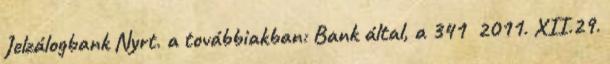
Jelzálogbank Nyrt. a továbbiakban: Bank által, a 341 2011. XII.29.